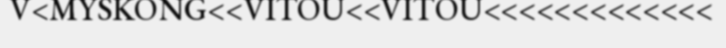
V<MYSKONG<<VITOU<<VITOU<<<<<<<<<<<<<